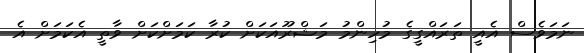
ނަމަވެސް އެއީ ތަރައްގީގެ މުހިންމު މަޝްރޫއަކަށް ކުރާ ކަމަށްކަށް ވާތީ އެކަމަށް އެ